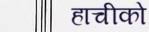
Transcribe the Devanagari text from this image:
हाचीको